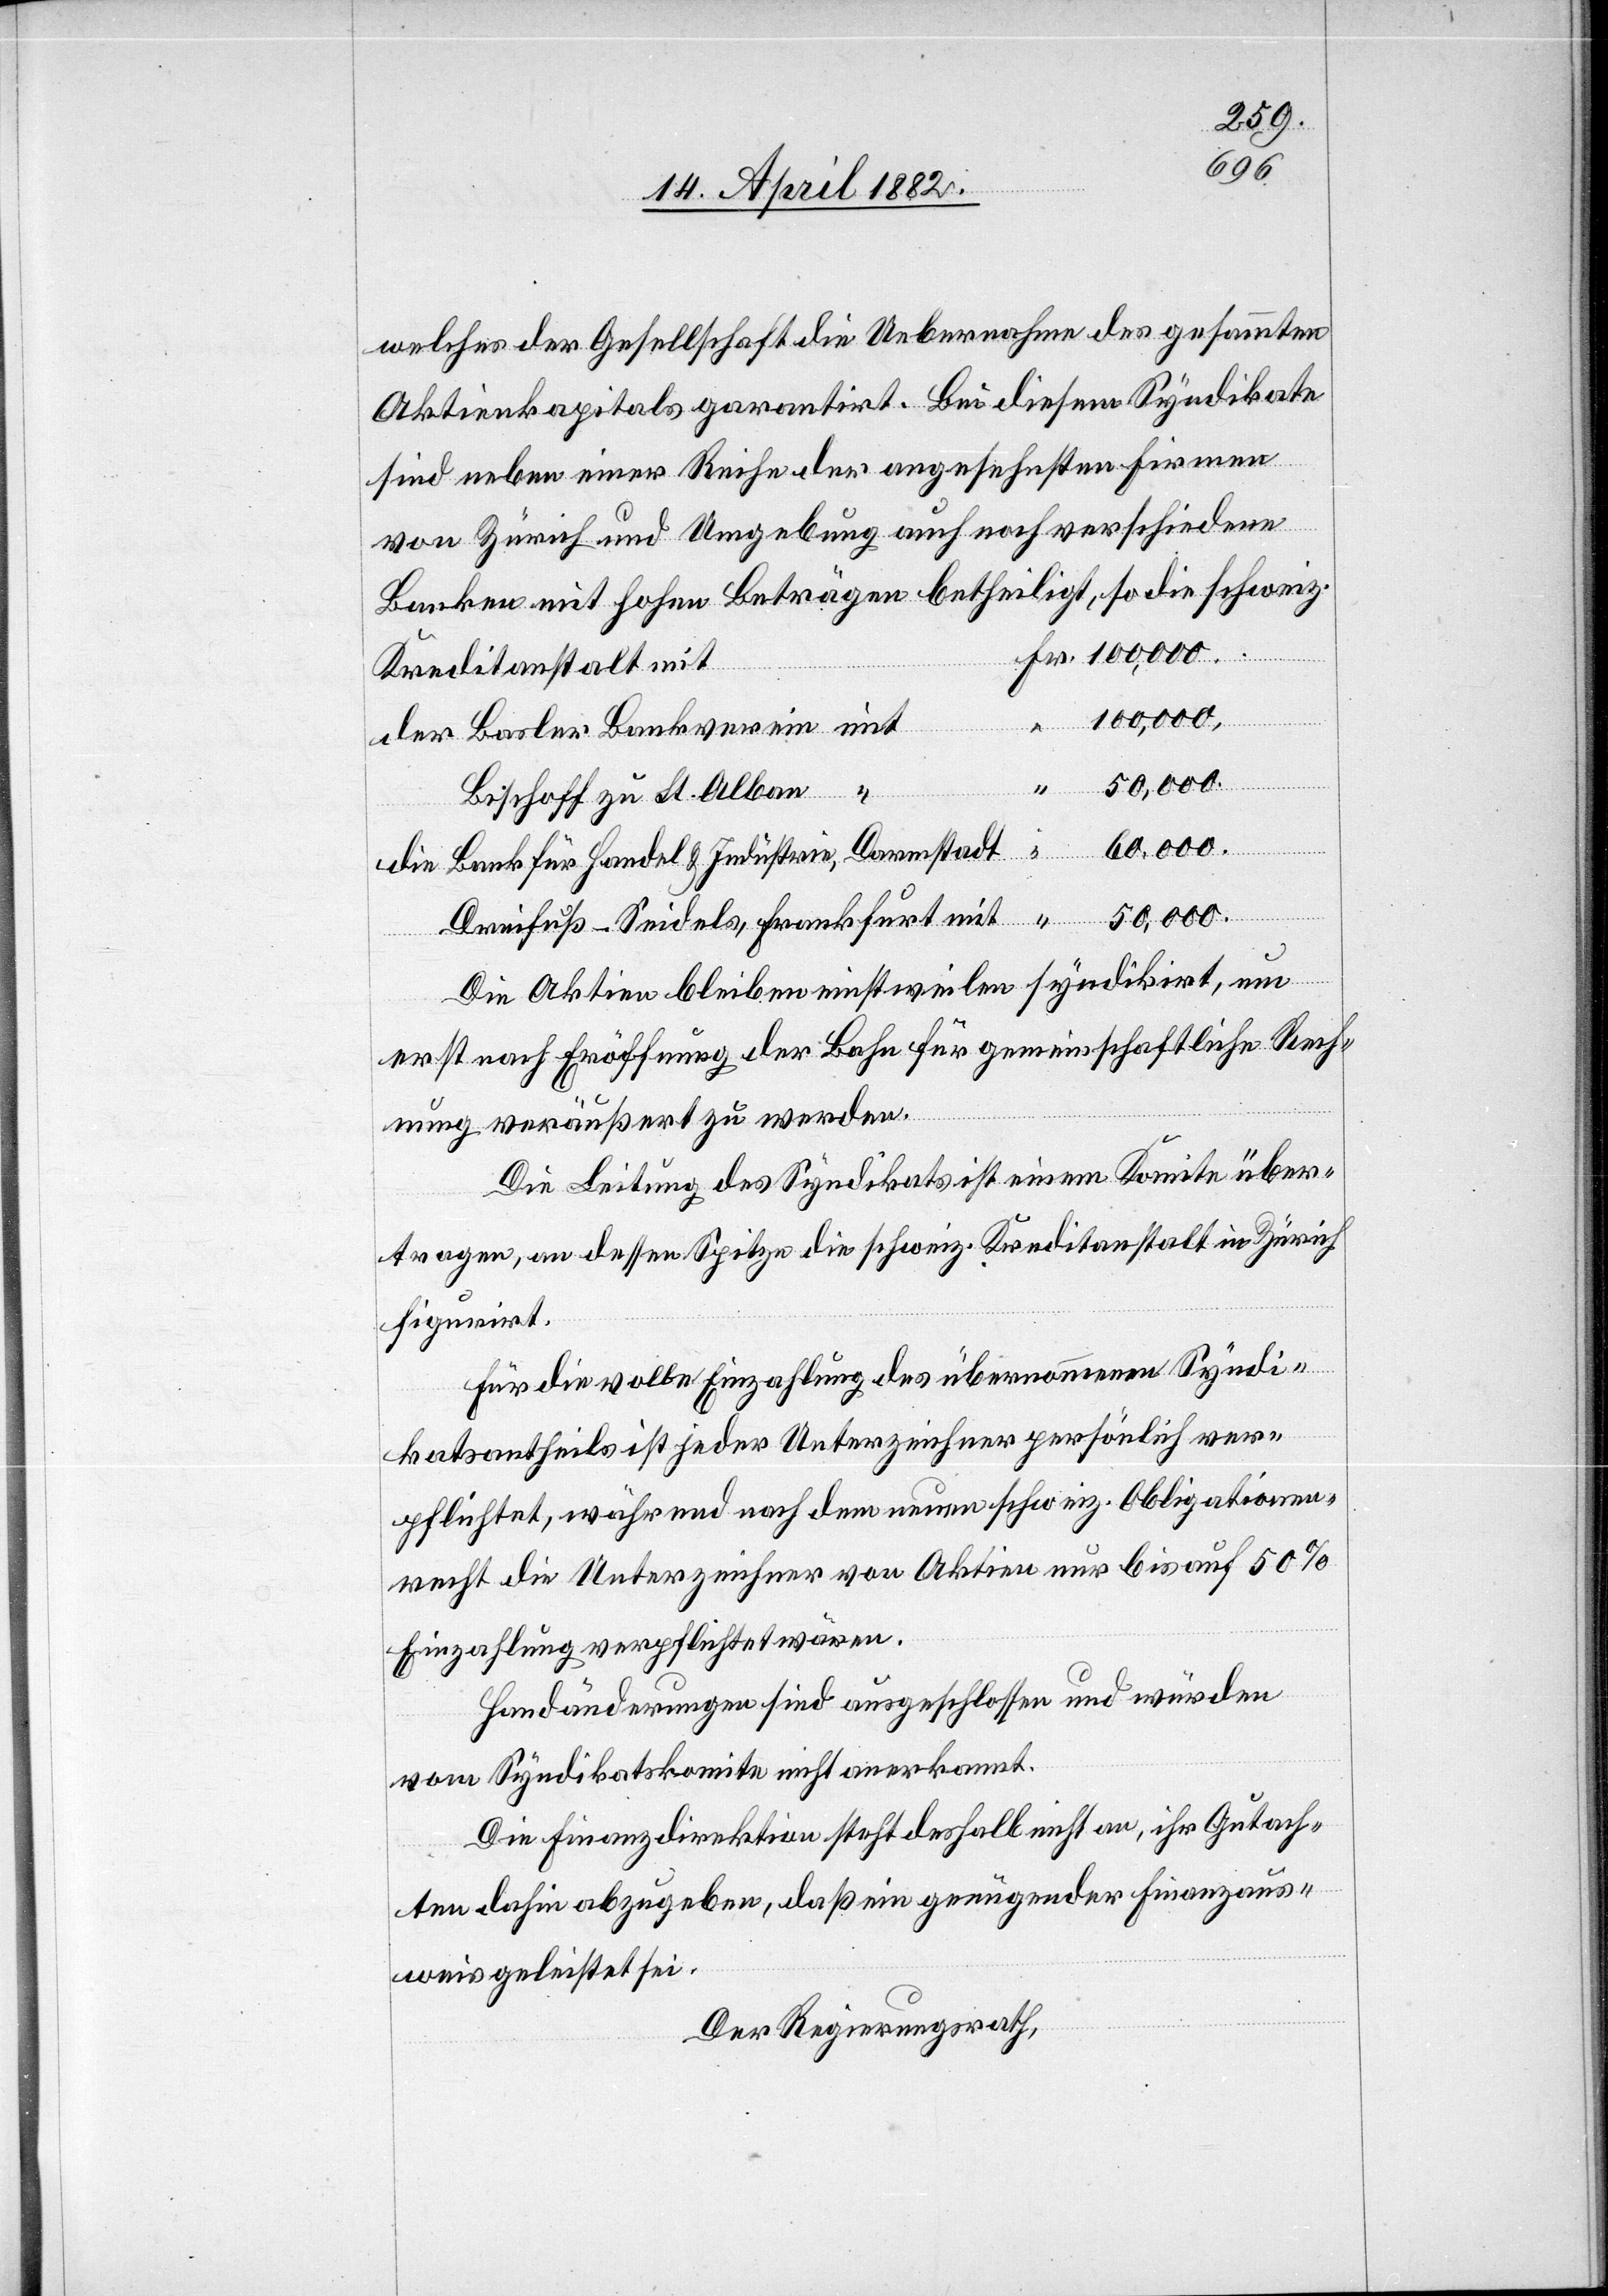
welches der Gesellschaft die Uebernahme des gesammten
Aktienkapitals garantirt. Bei diesem Syndikate
sind neben einer Reihe der angesehnsten Firmen
von Zürich und Umgebung auch noch verschiedene
Banken mit hohen Beträgen betheiligt, so die schweiz.
Fr. 100,000.
Kreditanstalt mit
100,000.
der Basler Bankverein mit
50,000.
Bischoff zu St. Alban
60,000.
“
die Bank für Handel & Industrie, Darmstadt
“
Die Aktien bleiben einstweilen syndikirt, um
erst nach Eröffnung der Bahn für gemeinschaftliche Rech¬
nung veräußert zu werden.
Die Leitung des Syndikats ist einem Komite über¬
tragen, an dessen Spitze die schweiz. Kreditanstalt in Zürich
figurirt.
Für die volle Einzahlung des übernommenen Syndi¬
katsantheils ist jeder Unterzeichner persönlich ver¬
pflichtet, während nach dem neuen schweiz. Obligationen¬
recht die Unterzeichner von Aktien nur bis auf 50%
Einzahlung verpflichtet wären.
Handänderungen sind ausgeschlossen und würden
vom Syndikatskomite nicht anerkannt.
Die Finanzdirektion steht deshalb nicht an, ihr Gutach¬
ten dahin abzugeben, daß ein genügender Finanzaus¬
weis geleistet sei.
Der Regierungsrath,